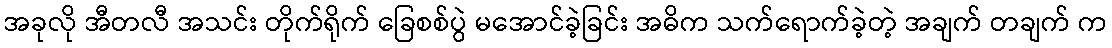
အခုလို အီတလီ အသင်း တိုက်ရိုက် ခြေစစ်ပွဲ မအောင်ခဲ့ခြင်း အဓိက သက်ရောက်ခဲ့တဲ့ အချက် တချက် က